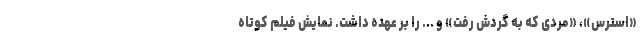
«استرس»، «مردی که به گردش رفت» و ... را بر عهده داشت. نمایش فیلم كوتاه